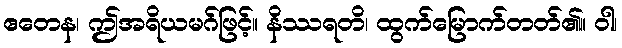
ဧတေန၊ ဤအရိယမဂ်ဖြင့်။ နိဿရတိ၊ ထွက်မြောက်တတ်၏။ ဝါ၊